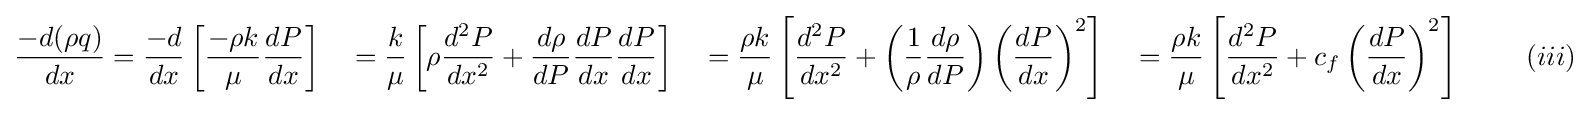
{\frac {-d(\rho q)}{dx}}={\frac {-d}{dx}}\left[{\frac {-\rho k}{\mu }}{\frac {dP}{dx}}\right]\quad ={\frac {k}{\mu }}\left[\rho {\frac {d^{2}P}{dx^{2}}}+{\frac {d\rho }{dP}}{\frac {dP}{dx}}{\frac {dP}{dx}}\right]\quad ={\frac {\rho k}{\mu }}\left[{\frac {d^{2}P}{dx^{2}}}+\left({\frac {1}{\rho }}{\frac {d\rho }{dP}}\right)\left({\frac {dP}{dx}}\right)^{2}\right]\quad ={\frac {\rho k}{\mu }}\left[{\frac {d^{2}P}{dx^{2}}}+c_{f}\left({\frac {dP}{dx}}\right)^{2}\right]\quad ~~~~(iii)